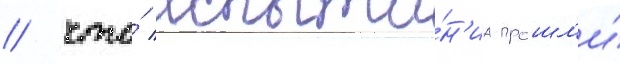
/ что́ испыта́н'иа прошл'и́